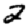
Digit: 2